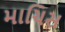
માચિસ